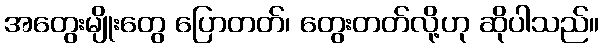
အတွေးမျိုးတွေ ပြောတတ်၊ တွေးတတ်လို့ဟု ဆိုပါသည်။